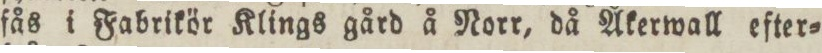
fås i Fabrikör Klings gård å Norr, då Åkerwall efter=